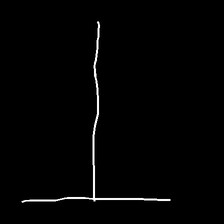
Glyph: column